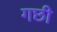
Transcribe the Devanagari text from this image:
गछी